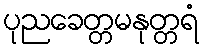
ပုညခေတ္တမနုတ္တရံ